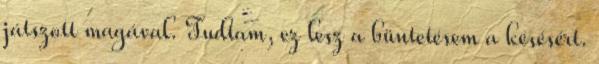
játszott magával. Tudtam, ez lesz a büntetésem a késésért.